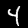
Label: 4